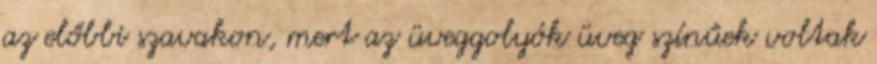
az előbbi szavakon, mert az üveggolyók üveg színűek voltak